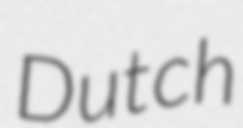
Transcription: Dutch